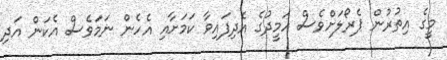
މީގެ އިތުރުން ޕެރޯލަށްވެސް ހަމީދުގެ އެދިފައިވާ ކަމަށާއި އެހެން ނަމަވެސް އެކަން އަދި